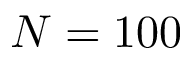
N = 1 0 0